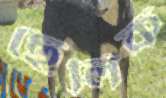
ছেলিক